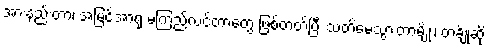
အားနည်းတာ၊ အမြင်အာရုံ မကြည်လင်တာတွေ ဖြစ်တတ်ပြီး သတိမေ့သွားတာမျိုး၊ တချို့ဆို